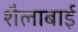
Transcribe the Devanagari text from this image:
शैलाबाई